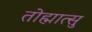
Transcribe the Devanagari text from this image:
तोह्मात्सु